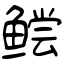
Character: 鲿